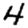
Digit: 4